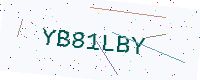
Text: YB81LBY